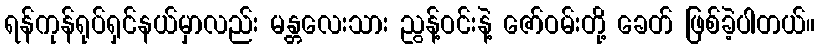
ရန်ကုန်ရုပ်ရှင်နယ်မှာလည်း မန္တလေးသား ညွန့်ဝင်းနဲ့ ဇော်ဝမ်းတို့ ခေတ် ဖြစ်ခဲ့ပါတယ်။